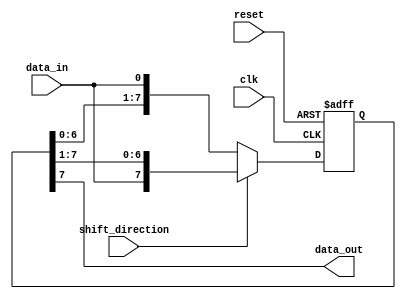
module siso_shift_register (
    input data_in,
    input clk,
    input reset,
    input shift_direction, // 0 for left shift, 1 for right shift
    output reg data_out
);

reg [7:0] shift_reg;

always @(posedge clk or posedge reset) begin
    if (reset) begin
        shift_reg <= 8'h00;
    end else begin
        if (shift_direction) begin // Right shift
            shift_reg <= {data_in, shift_reg[7:1]};
        end else begin // Left shift
            shift_reg <= {shift_reg[6:0], data_in};
        end
    end
end

assign data_out = shift_reg[7];

endmodule